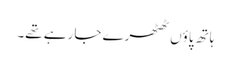
ہاتھ پاؤں ٹھٹھرے جا رہے تھے۔